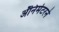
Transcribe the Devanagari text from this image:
ॲनिमेटरने